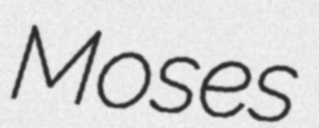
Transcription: Moses